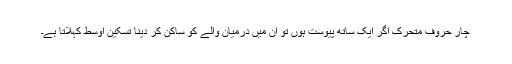
چار حروفِ متحرک اگر ایک ساتھ پیوست ہوں تو ان میں درمیان والے کو ساکن کر دینا تسکینِ اوسط کہلاتا ہے۔